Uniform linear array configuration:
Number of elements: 64
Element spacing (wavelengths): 1
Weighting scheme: exponential
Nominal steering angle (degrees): -45
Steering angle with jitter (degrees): -43.001
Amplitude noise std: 0.05
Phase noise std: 0.05

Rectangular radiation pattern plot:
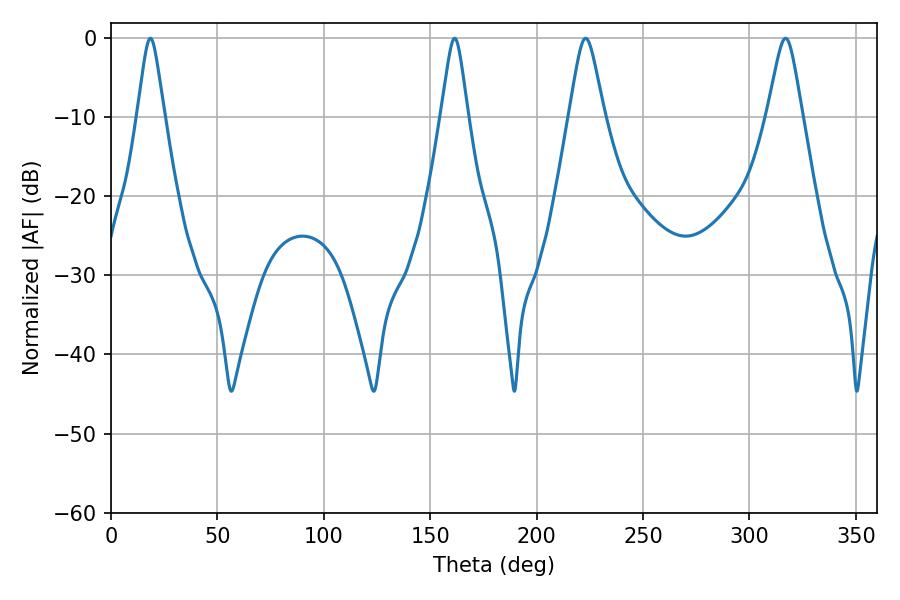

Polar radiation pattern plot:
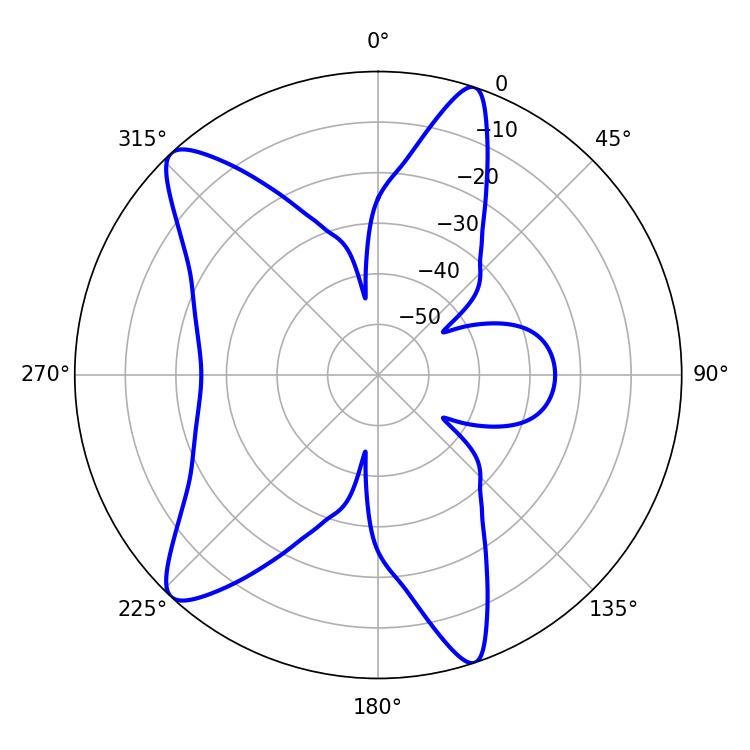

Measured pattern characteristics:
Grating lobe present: TRUE
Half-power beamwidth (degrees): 7.74
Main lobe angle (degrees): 223.02